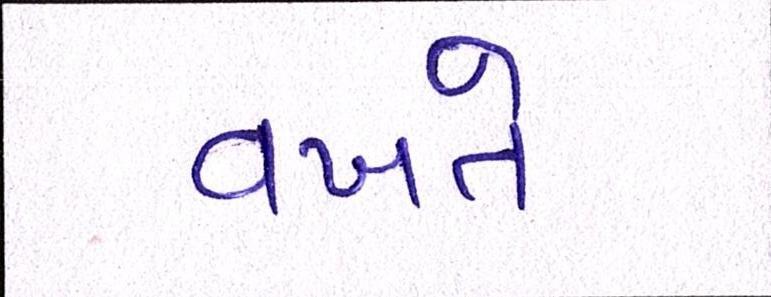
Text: વખતે